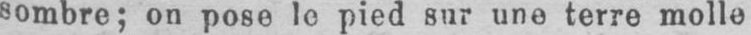
sombre; on pose le pied sur une terre molle